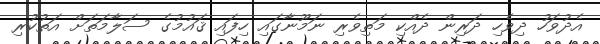
އެދުވަހު ދިވެހި ދަރިން ދެއްކި މަތިވެރި ނަމޫނާގައި ހިފައި ޤައުމުގެ ސަލާމަތަށް އަތުކުރި